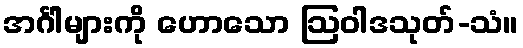
အင်္ဂါများကို ဟောသော ဩဝါဒသုတ်-သံ။